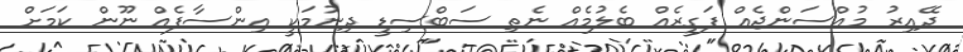
ދޭއިރު މުއްސަންޖެއް ފަގީރެއް ބެލުމެއް ނެތި ސަބްސިޑީ ދިނުމަކީ އިންސާފެއް ނޫން ކަމަށް